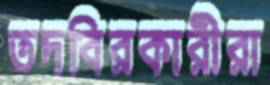
তদবিরকারীরা